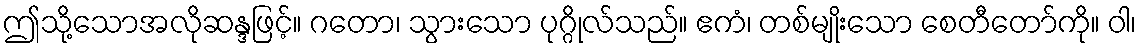
ဤသို့သောအလိုဆန္ဒဖြင့်။ ဂတော၊ သွားသော ပုဂ္ဂိုလ်သည်။ ဧကံ၊ တစ်မျိုးသော စေတီတော်ကို။ ဝါ၊